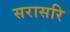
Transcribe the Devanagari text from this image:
सरासरि